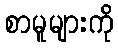
စာမူများကို